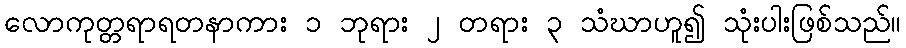
လောကုတ္တရာရတနာကား ၁ ဘုရား ၂ တရား ၃ သံဃာဟူ၍ သုံးပါးဖြစ်သည်။